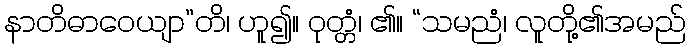
နာတိဓာဝေယျာ”တိ၊ ဟူ၍။ ဝုတ္တံ၊ ၏။ “သမညံ၊ လူတို့၏အမည်